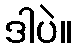
ဒါပဲ။